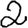
Digit: 2